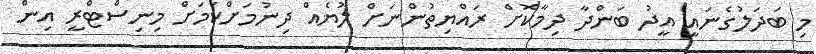
މި ބަދަލުގެނައީ އީދު ބަންދާ ދިމާކޮށް ރައްޔިތުންނަށް ލުޔެއް ދިނުމަށްކަމަށް މިނިސްޓްރީ އިން